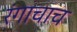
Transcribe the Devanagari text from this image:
रंगाचाच